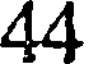
44